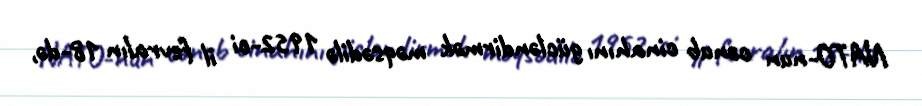
NATO-nun cənub cinahını gücləndirmək məqsədilə 1952-ci il fevralın 18-də,